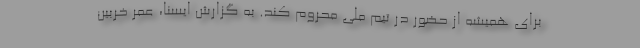
برای همیشه از حضور در تیم ملی محروم کند. به گزارش ایسنا، عمر خربین